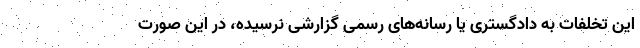
این تخلفات به دادگستری یا رسانه‌های رسمی گزارشی نرسیده، در این صورت